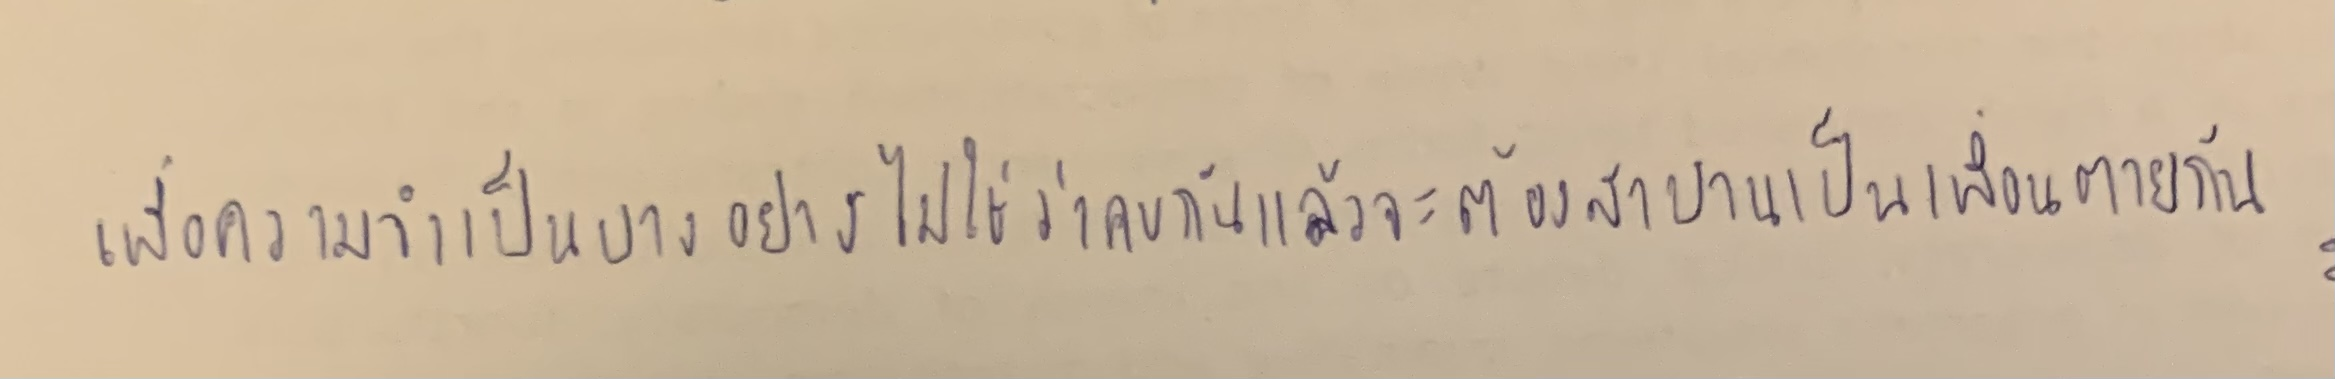
เพื่อความจำเป็นบางอย่างไม่ใช่ว่าคบกันแล้วจะต้องสาบานเป็นเพื่อนตายกัน